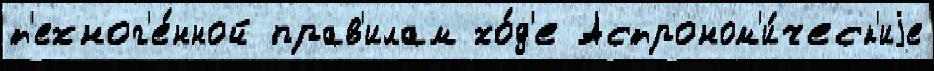
т'ехног'е́нной прав'илам хо́д'е Астроном'и́ческ'иjе